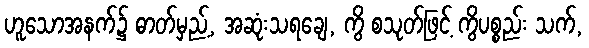
ဟူသောအနက်၌ ဓာတ်မှည့်, အဆုံးသရချေ, ကွိ စသုတ်ဖြင့် ကွိပစ္စည်း သက်,